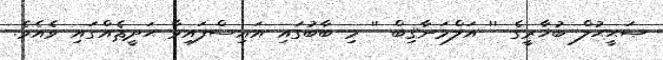
ޞަޙީޙުލް ބުޚާރީގެ '' އަލްމަނާޤިބް '' މި ބާބުގައި އައިސްފައިވާ ޙަދީޘެއްގައި ވެއެވެ.